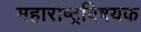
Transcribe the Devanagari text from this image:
महाराष्‍ट्रविषयक